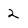
Character: 2